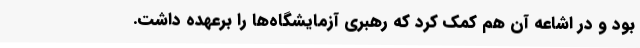
بود و در اشاعه آن هم کمک کرد که رهبری آزمایشگاه‌ها را برعهده داشت.